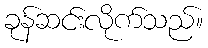
ခုန်ဆင်းလိုက်သည်။